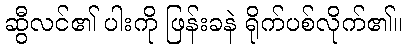
ဆွီလင်၏ ပါးကို ဖြန်းခနဲ ရိုက်ပစ်လိုက်၏။